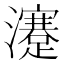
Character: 瀽